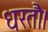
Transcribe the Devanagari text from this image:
धरतौ।